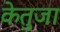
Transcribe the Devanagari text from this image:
केतुजा